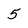
Character: 5